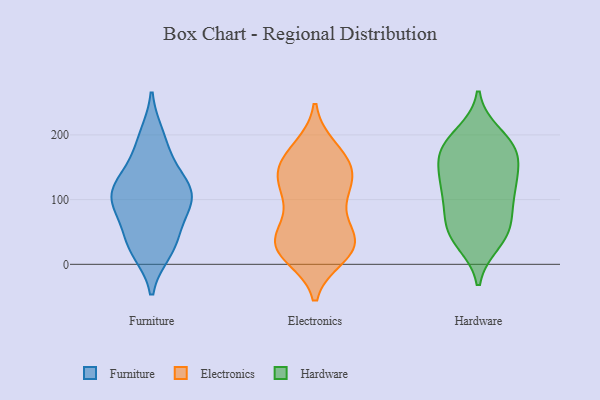
{"axis": {"x": "Satisfaction Score", "y": "Value"}, "legend": ["Electronics", "Furniture", "Hardware"], "data": [{"x": "", "y": 36, "type": "Furniture"}, {"x": "", "y": 102, "type": "Furniture"}, {"x": "", "y": 105, "type": "Furniture"}, {"x": "", "y": 24, "type": "Furniture"}, {"x": "", "y": 120, "type": "Furniture"}, {"x": "", "y": 40, "type": "Furniture"}, {"x": "", "y": 75, "type": "Furniture"}, {"x": "", "y": 95, "type": "Furniture"}, {"x": "", "y": 105, "type": "Furniture"}, {"x": "", "y": 103, "type": "Furniture"}, {"x": "", "y": 148, "type": "Furniture"}, {"x": "", "y": 137, "type": "Furniture"}, {"x": "", "y": 21, "type": "Furniture"}, {"x": "", "y": 189, "type": "Furniture"}, {"x": "", "y": 198, "type": "Furniture"}, {"x": "", "y": 24, "type": "Electronics"}, {"x": "", "y": 38, "type": "Electronics"}, {"x": "", "y": 146, "type": "Electronics"}, {"x": "", "y": 130, "type": "Electronics"}, {"x": "", "y": 13, "type": "Electronics"}, {"x": "", "y": 145, "type": "Electronics"}, {"x": "", "y": 18, "type": "Electronics"}, {"x": "", "y": 167, "type": "Electronics"}, {"x": "", "y": 92, "type": "Electronics"}, {"x": "", "y": 179, "type": "Electronics"}, {"x": "", "y": 143, "type": "Electronics"}, {"x": "", "y": 23, "type": "Electronics"}, {"x": "", "y": 98, "type": "Electronics"}, {"x": "", "y": 51, "type": "Electronics"}, {"x": "", "y": 131, "type": "Electronics"}, {"x": "", "y": 110, "type": "Electronics"}, {"x": "", "y": 40, "type": "Electronics"}, {"x": "", "y": 28, "type": "Electronics"}, {"x": "", "y": 173, "type": "Electronics"}, {"x": "", "y": 41, "type": "Electronics"}, {"x": "", "y": 52, "type": "Hardware"}, {"x": "", "y": 123, "type": "Hardware"}, {"x": "", "y": 44, "type": "Hardware"}, {"x": "", "y": 143, "type": "Hardware"}, {"x": "", "y": 98, "type": "Hardware"}, {"x": "", "y": 174, "type": "Hardware"}, {"x": "", "y": 35, "type": "Hardware"}, {"x": "", "y": 121, "type": "Hardware"}, {"x": "", "y": 49, "type": "Hardware"}, {"x": "", "y": 173, "type": "Hardware"}, {"x": "", "y": 186, "type": "Hardware"}, {"x": "", "y": 94, "type": "Hardware"}, {"x": "", "y": 126, "type": "Hardware"}, {"x": "", "y": 68, "type": "Hardware"}, {"x": "", "y": 166, "type": "Hardware"}, {"x": "", "y": 183, "type": "Hardware"}, {"x": "", "y": 200, "type": "Hardware"}]}